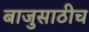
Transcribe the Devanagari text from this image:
बाजुसाठीच